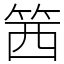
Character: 䇴